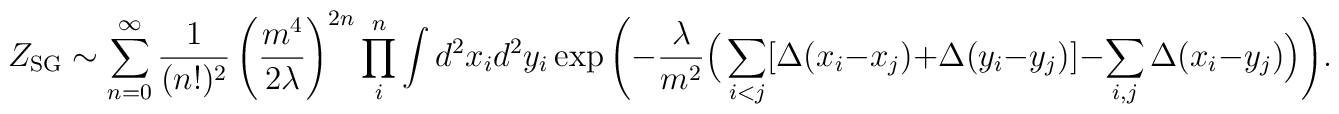
Z_{\rm SG} \sim\sum_{n=0}^{\infty}\frac{1}{(n!)^2}\left(\frac{m^4}{2\lambda}\right)^{2n}\prod_{i}^{n}\int d^2 x_i d^2y_i \exp\Bigg(- \frac{\lambda}{m^2} \Big( \sum_{i < j}[\Delta (x_i - x_j) + \Delta (y_i - y_j)]- \sum_{i,j}\Delta(x_i - y_j) \Big)\Bigg).